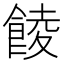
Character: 𩜁